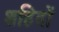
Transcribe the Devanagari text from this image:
शहिदों